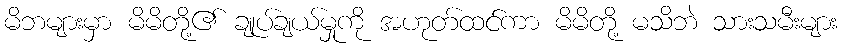
မိဘများမှာ မိမိတို့၏ ချုပ်ချယ်မှုကို အဟုတ်ထင်ကာ မိမိတို့ မသိဘဲ သားသမီးများ